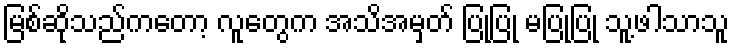
မြစ်ဆိုသည်ကတော့ လူတွေက အသိအမှတ် ပြုပြု မပြုပြု သူ့ဖါသာသူ